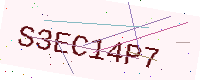
Text: S3EC14P7